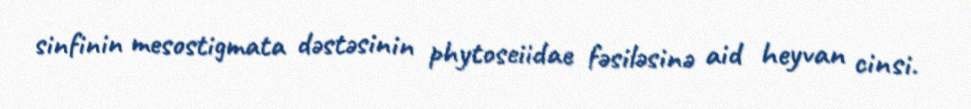
sinfinin mesostigmata dəstəsinin phytoseiidae fəsiləsinə aid heyvan cinsi.